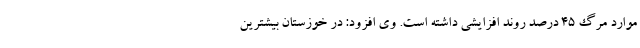
موارد مرگ ۴۵ درصد روند افزایشی داشته است. وی افزود: در خوزستان بیشترین